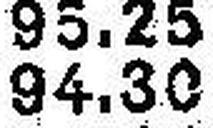
94.30